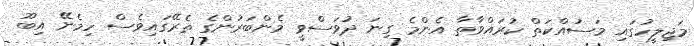
މަޖިލީހުގައި މަސައްކަތް ކުރައްވާތާ އެންމެ ގިނަ ދުވަސްވީ މެންބަރުންގެ ތެރޭގައިވެސް ހިމެނޭ އިބޫ